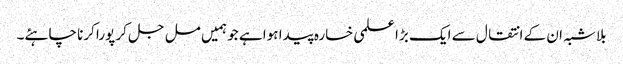
بلاشبہ ان کے انتقال سے ایک بڑا علمی خسارہ پیدا ہوا ہے جو ہمیں مل جل کر پورا کرنا چاہئے۔